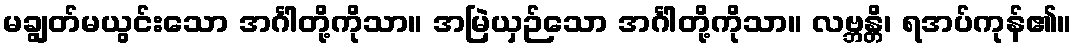
မချွတ်မယွင်းသော အင်္ဂါတို့ကိုသာ။ အမြဲယှဉ်သော အင်္ဂါတို့ကိုသာ။ လဗ္ဘန္တိ၊ ရအပ်ကုန်၏။